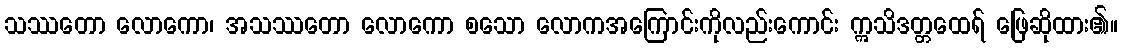
သဿတော လောကော၊ အသဿတော လောကော စသော လောကအကြောင်းကိုလည်းကောင်း ဣသိဒတ္တထေရ် ဖြေဆိုထား၏။